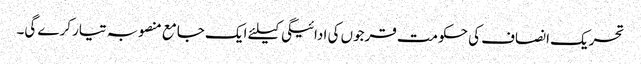
تحریک انصاف کی حکومت قرجوں کی ادائیگی کیلئے ایک جامع منصوبہ تیار کرے گی۔